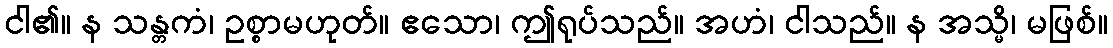
ငါ၏။ န သန္တကံ၊ ဥစ္စာမဟုတ်။ ဧသော၊ ဤရုပ်သည်။ အဟံ၊ ငါသည်။ န အသ္မိ၊ မဖြစ်။